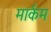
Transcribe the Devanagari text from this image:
मार्कम